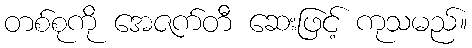
တစ်စုကို အေဇက်တီ ဆေးဖြင့် ကုသမည်။